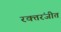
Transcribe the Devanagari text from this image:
रक्तरंजीत